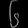
Digit: ၆